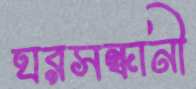
ঘরসন্ধানী